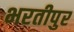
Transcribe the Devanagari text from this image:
भरतीपुर